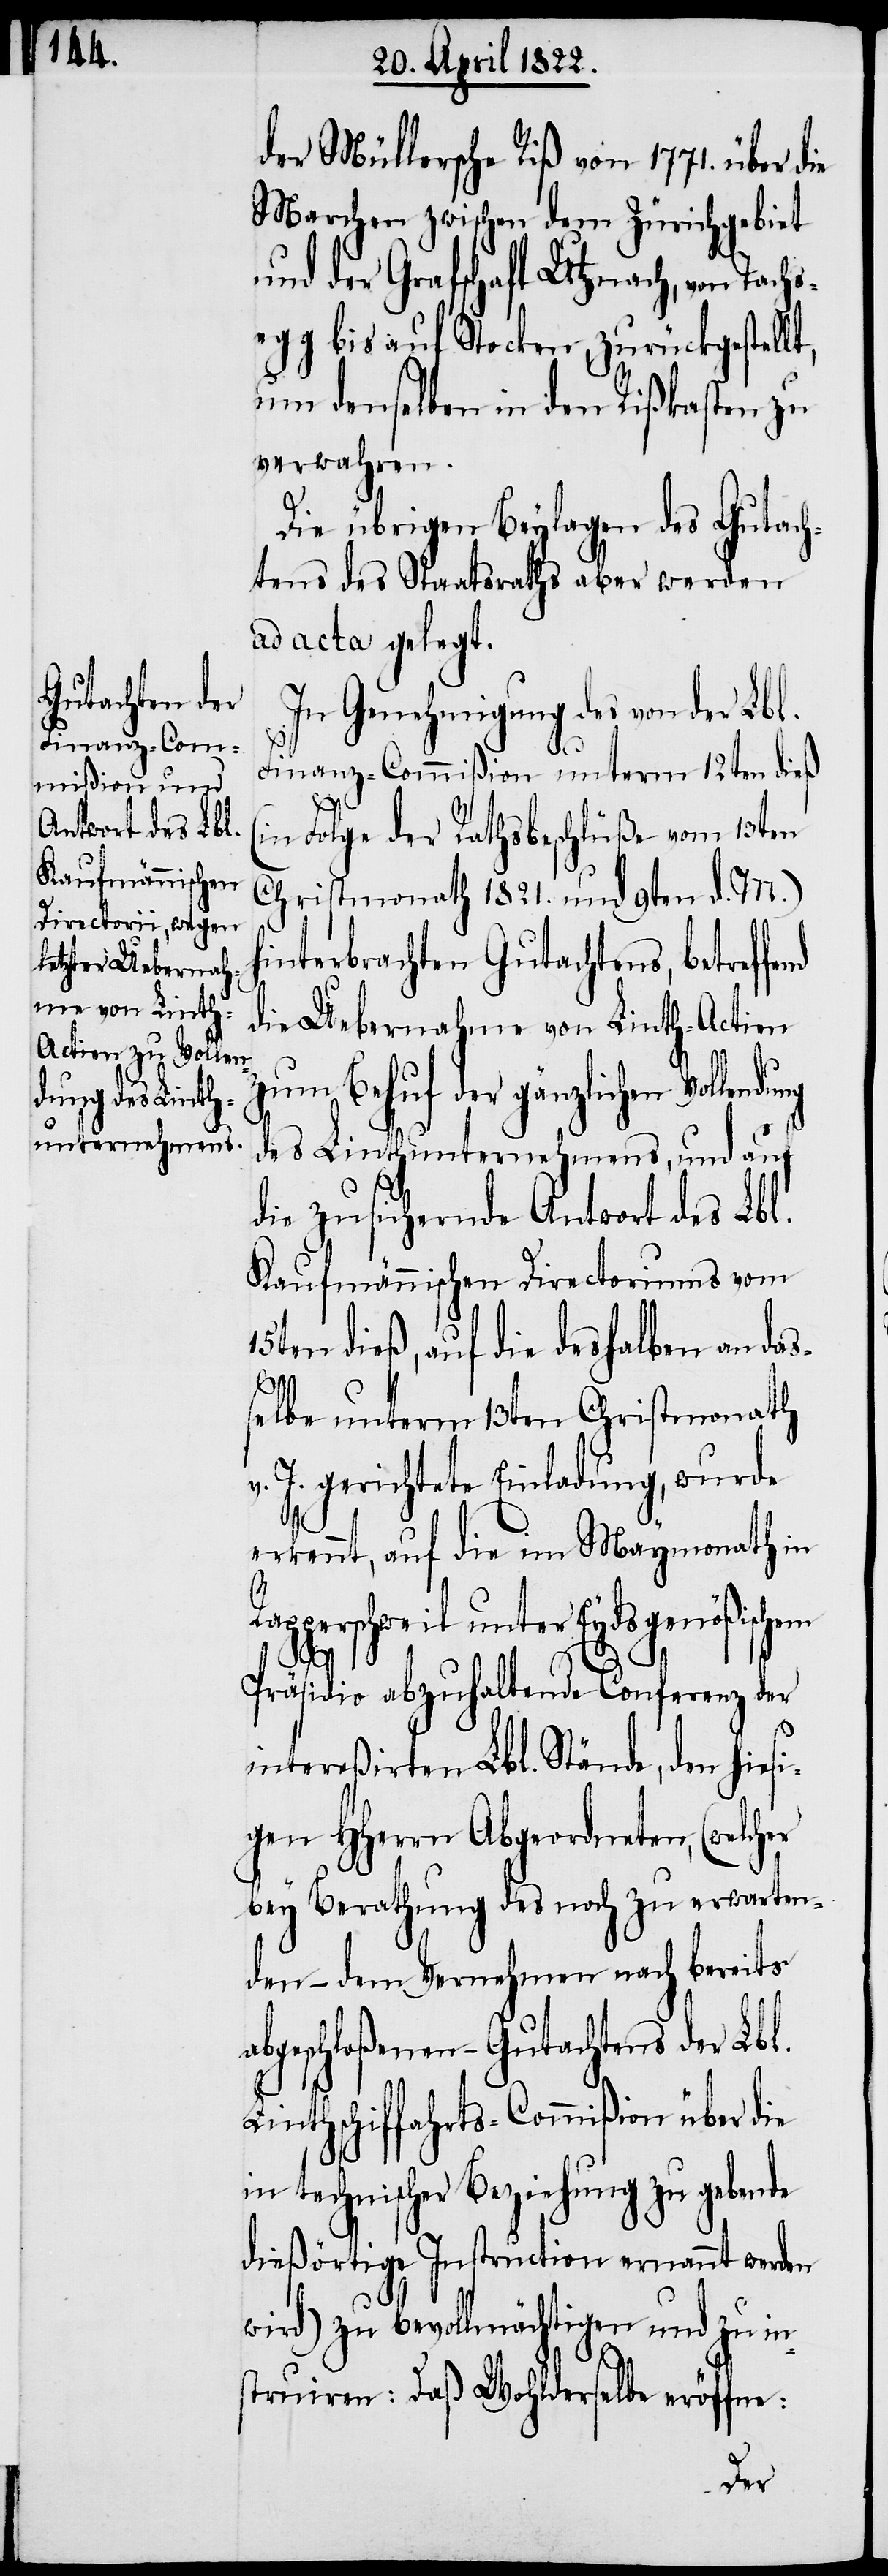
der Müllersche Riß von 1771. über die
Marchen zwischen dem Zürichgebiet
und der Grafschaft Utznach, von Tach¬
segg bis auf Stocken, zurückgestellt,
um denselben in dem Rißkasten zu
verwahren.
Die übrigen Beylagen des Gutach¬
tens des Staatsraths aber werden
ad acta gelegt.
In Genehmigung des von der Lbl.
Finanz-Commißion unterm 12ten dieß
(in Folge der Rathsbeschlüße vom 13ten
Christmonath 1821. und 9ten d. M.)
hinterbrachten Gutachtens, betre¬
die Uebernahme von Linth-Actien
zum Behuf der gänzlichen Vollen¬
des Linthunternehmens, und auf
die zusichernde Antwort des Lbl.
Kaufmännischen Directoriums vom
15ten dieß, auf die deshalben an das¬
ffend
selbe unterm 13ten Christmonath
J. gerichtete Einladung, wurde
erkennt, auf die im Maymonath in
Rapperschweil unter Eydsgenößischem
dung
Präsidio abzuhaltende Conferenz der
intereßirten Lbl. Stände, den hiesi¬
gen HHerrn Abgeordneten, (welch¬
bey Berathung des noch zu erwarten¬
den – dem Vernehmen nach bereits
abgeschloßenen – Gutachtens der Lbl.
Linthschiffahrts-Commißion über die
in technischer Beziehung zu gebende
dießörtige Instruction ernannt werden
wird) zu bevollmächtigen und zu in¬
struiren: Daß Wohlderselbe eröffne:
er